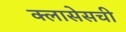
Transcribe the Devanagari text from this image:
क्लासेसची